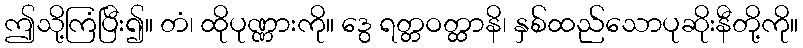
ဤသို့ကြံပြီး၍။ တံ၊ ထိုပုဏ္ဏားကို။ ဒွေ ရတ္တဝတ္ထာနိ၊ နှစ်ထည်သောပုဆိုးနီတို့ကို။